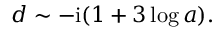
\begin{array} { r } { d \sim - \mathrm { i } ( 1 + 3 \log a ) . } \end{array}